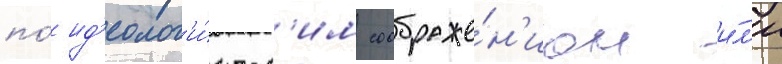
по́ ид'еолог'и́ческ'им соображе́н'иам и́л'и